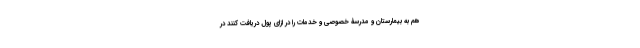
هم به بیمارستان و مدرسۀ خصوصی و خدمات را در ازای پول دریافت کنند در